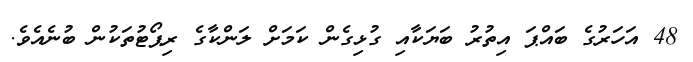
48 އަހަރުގެ ބައްޕަ އިތުރު ބަޔަކާއި ގުޅިގެން ކަމަށް ލަންކާގެ ރިޕޯޓުތަކުން ބުނެއެވެ.